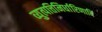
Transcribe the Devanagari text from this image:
व्युत्पत्तिनिर्धारिणादि